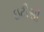
ઇટીસી